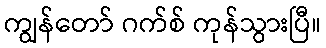
ကျွန်တော် ဂက်စ် ကုန်သွားပြီ။